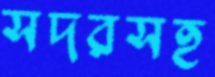
সদরসহ